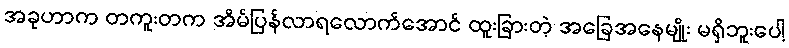
အခုဟာက တကူးတက အိမ်ပြန်လာရလောက်အောင် ထူးခြားတဲ့ အခြေအနေမျိုး မရှိဘူးပေါ့